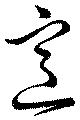
意